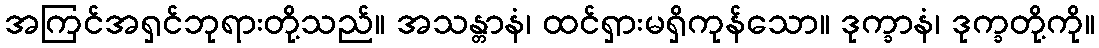
အကြင်အရှင်ဘုရားတို့သည်။ အသန္တာနံ၊ ထင်ရှားမရှိကုန်သော။ ဒုက္ခာနံ၊ ဒုက္ခတို့ကို။